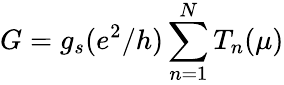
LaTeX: G=g_{s}(e^{2}/h)\sum_{n=1}^{N}T_{n}(\mu)